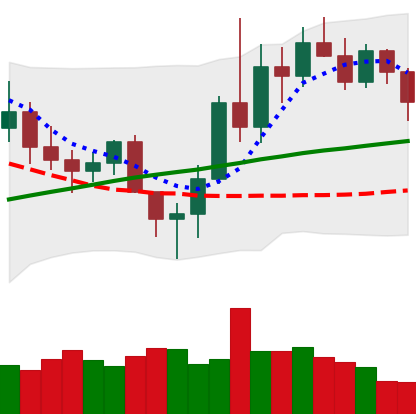
Ticker: LINK-USD
Chart end date: 2020-11-15
Forward return: 16.14%
Label: up_7plus